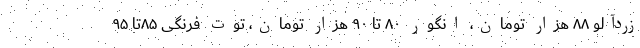
زردآلو ۸۸ هزار تومان، انگور ۸۰ تا ۹۰ هزار تومان، توت فرنگی ۸۵تا ۹۵